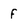
Character: f